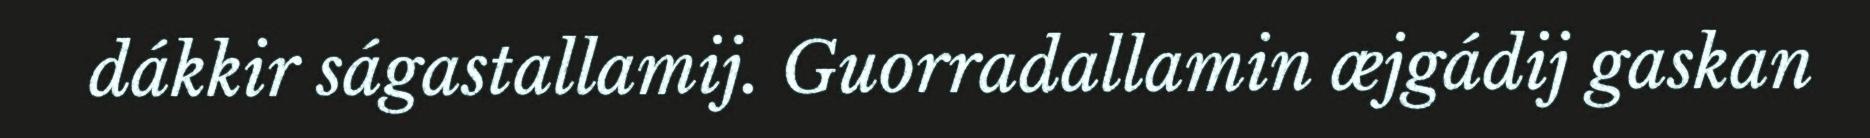
dákkir ságastallamij. Guorradallamin æjgádij gaskan